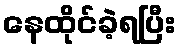
နေထိုင်ခဲ့ရပြီး